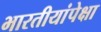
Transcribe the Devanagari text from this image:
भारतीयांपेक्षा